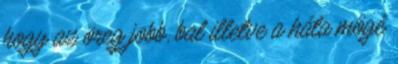
hogy az öreg jobb, bal illetve a háta mögé